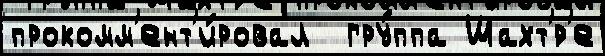
прокомм'ент'и́ровал  гру́ппа Шахт'́р'е